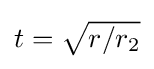
{\textstyle t={\sqrt {r/r_{2}}}}